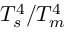
T _ { s } ^ { 4 } / T _ { m } ^ { 4 }